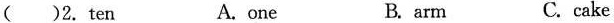
()2. ten A.one B. arm C. cake